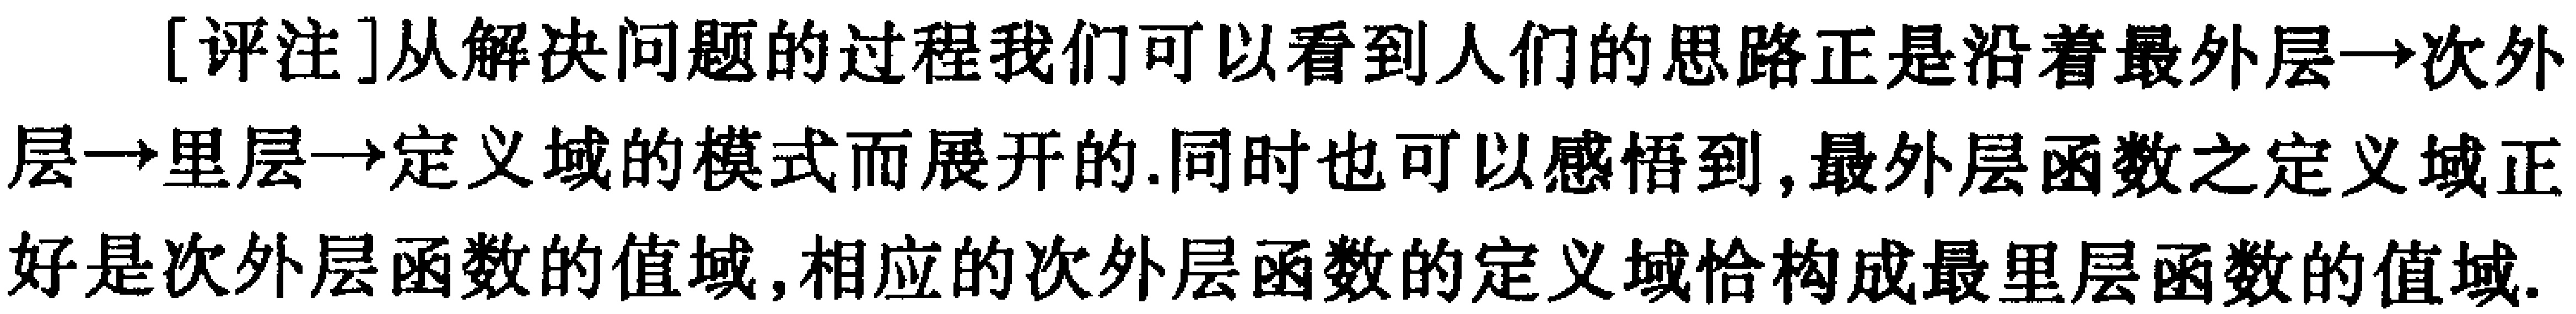
[评注]从解决问题的过程我们可以看到人们的思路正是沿着最外层→次外层→里层→定义域的模式而展开的.同时也可以感悟到,最外层函数之定义域正好是次外层函数的值域,相应的次外层函数的定义域恰构成最里层函数的值域.